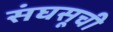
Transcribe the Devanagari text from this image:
संघसूची